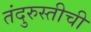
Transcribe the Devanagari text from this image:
तंदुरुस्तीची